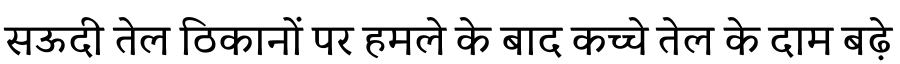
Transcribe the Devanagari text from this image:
सऊदी तेल ठिकानों पर हमले के बाद कच्चे तेल के दाम बढ़े